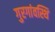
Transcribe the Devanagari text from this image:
गुरगांवस्थि